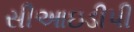
સીઆઇડીપી